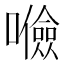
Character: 𱕚